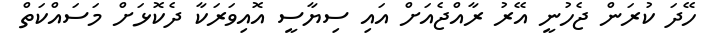
ހޭދަ ކުރަން ޖެހުނީ އޭރު ރާއްޖެއަށް އައި ސިޔާސީ އޮއިވަރަކާ ދެކޮޅަށް މަސައްކަތް